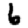
Digit: 6